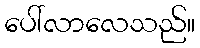
ပေါ်လာလေသည်။